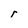
Character: r